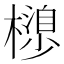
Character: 𣜮